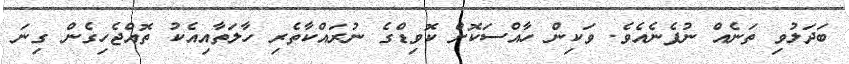
ބަދަލުވި ތަނެއް ނުފެނެއެވެ. ވަކިން ހާއްސަކޮށް ކޮވިޑްގެ ނުރައްކާތެރި ހާލަތާއިއެކު ތޮއްޖެހިގެން ގިނަ